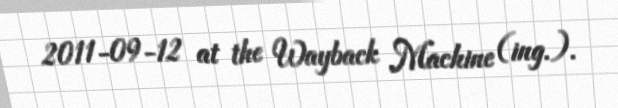
2011-09-12 at the Wayback Machine (ing.).